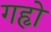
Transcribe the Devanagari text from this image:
गहृो